Vaccination in Bombay 1869-1873 - 1869-1873
Year: 1869
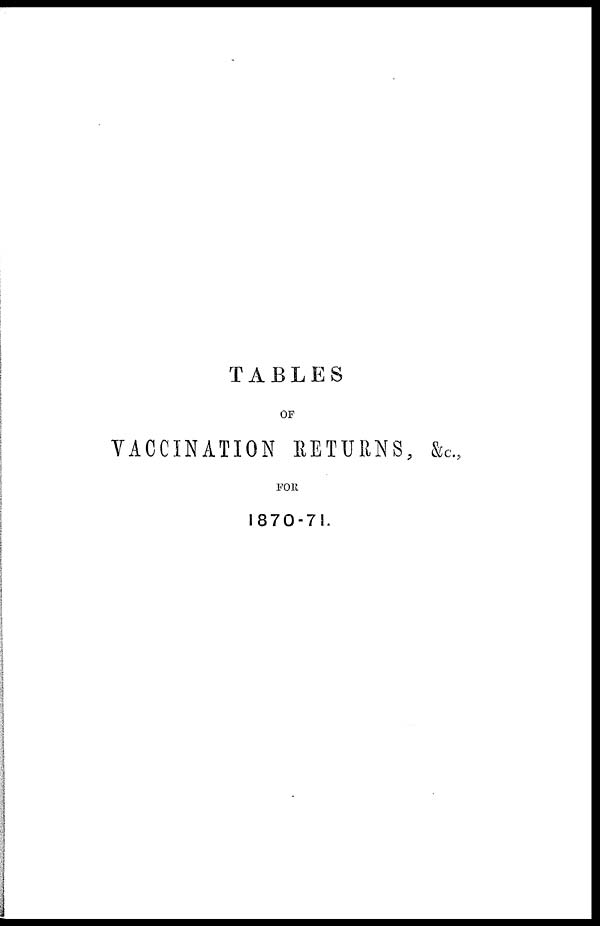
TABLES
OF
VACCINATION RETURNS, &c.,
FOR
1870-71.